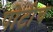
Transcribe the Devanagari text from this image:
पोटीच